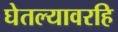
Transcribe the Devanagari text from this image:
घेतल्यावरहि